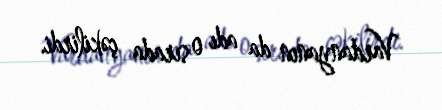
Vardanyanın da adı o sırada çəkilirdi.